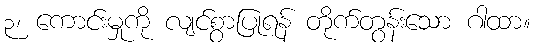
၃၊ ကောင်းမှုကို လျင်စွာပြုရန် တိုက်တွန်းသော ဂါထာ။